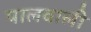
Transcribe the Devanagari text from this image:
पालवाली